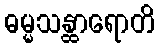
ဓမ္မသန္ထာရောတိ